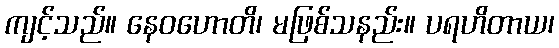
ကျင့်သည်။ နေဝဟောတိ၊ မဖြစ်သနည်း။ ပရဟိတာယ၊